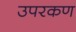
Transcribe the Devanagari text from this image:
उपरकण